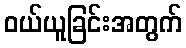
ဝယ်ယူခြင်းအတွက်